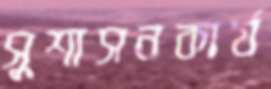
সুশাসনকার্য